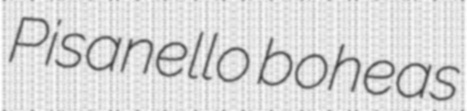
Pisanello boheas